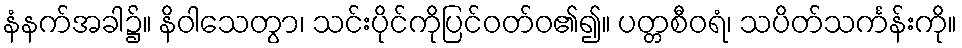
နံနက်အခါ၌။ နိဝါသေတွာ၊ သင်းပိုင်ကိုပြင်ဝတ်ဝ၏၍။ ပတ္တစီဝရံ၊ သပိတ်သင်္ကန်းကို။